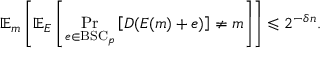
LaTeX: \mathbb { E } _ { m } \left[ \mathbb { E } _ { E } \left[ \operatorname* { P r } _ { e \in { \mathrm { B S C } } _ { p } } \left[ D ( E ( m ) + e ) \right] \neq m \right] \right] \leqslant 2 ^ { - \delta n } .